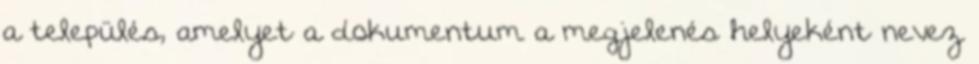
a település, amelyet a dokumentum a megjelenés helyeként nevez